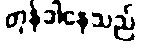
တုန်ခါနေသည်